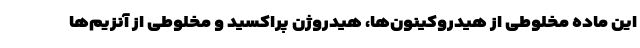
این ماده مخلوطی از هیدروکینون‌ها، هیدروژن پراکسید و مخلوطی از آنزیم‌ها